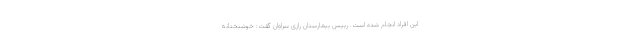
این افراد انجام شده است. رییس بیمارستان رازی سراوان گفت: خوشبختانه